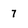
Character: 7